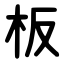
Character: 板